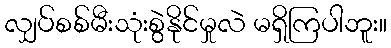
လျှပ်စစ်မီးသုံးစွဲနိုင်မှုလဲ မရှိကြပါဘူး။